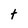
Character: t